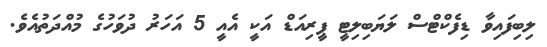
ލިބިފައިވާ ޑިފެކްޓްސް ލަޔަބިލިޓީ ޕީރިއަޑް އަކީ އެއީ 5 އަހަރު ދުވަހުގެ މުއްދަތުއެވެ.